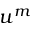
u ^ { m }